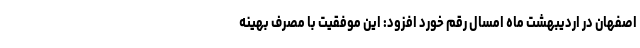
اصفهان در اردیبهشت ماه امسال رقم خورد افزود: این موفقیت با مصرف بهینه